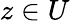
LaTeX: z\in U